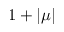
1 + | \mu |